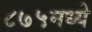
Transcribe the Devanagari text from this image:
८७५मध्ये